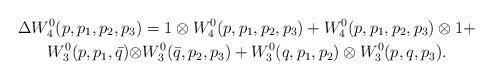
LaTeX: \begin{align*}\Delta W^0_4(p,p_1,p_2,p_3)&=1\otimes W^0_4(p,p_1,p_2,p_3)+W^0_4(p,p_1,p_2,p_3)\otimes 1+\\ W^0_3(p,p_1,\bar{q})\otimes & W^0_3(\bar{q},p_2,p_3)+W^0_3(q,p_1,p_2)\otimes W^0_3(p,q,p_3).\end{align*}